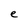
Character: e